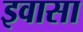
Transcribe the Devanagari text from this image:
इवासा